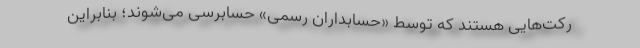
ركت‌هایی هستند كه توسط «حسابداران رسمی» حسابرسی می‌شوند؛ بنابراین